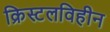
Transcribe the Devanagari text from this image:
क्रिस्टलविहीन